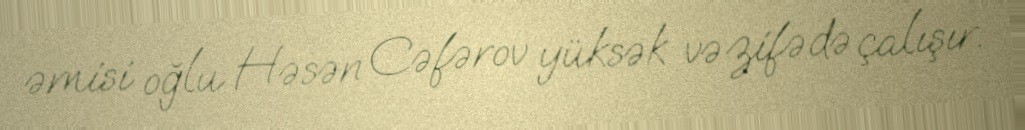
əmisi oğlu Həsən Cəfərov yüksək vəzifədə çalışır.